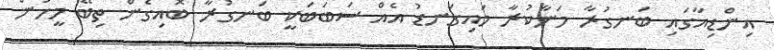
އިންޑިއާގައި ބަނގުރާ މަނާކުރާ މައިގަނޑު އެއް ސަބަބަކީ ބަނގުރާ ބޮއިގެން ތިބޭ މީހުން